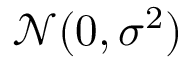
\mathcal { N } ( 0 , \sigma ^ { 2 } )